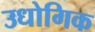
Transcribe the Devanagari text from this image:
उधोगिक